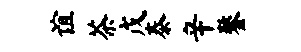
谊茶戊泰辛鏊